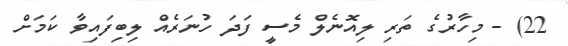
22) - މިހާރުގެ ތަރި ލިއޮނެލް މެސީ ފަދަ ހުނަރެއް ލިބިފައިވާ ކަމަށް